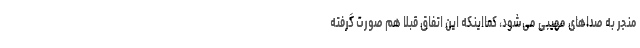
منجر به صداهای‌ مهیبی می‌شود، کمااینکه این اتفاق قبلاً هم صورت گرفته